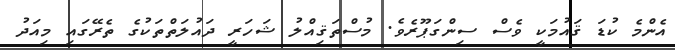
އެންމެ ކުޑަ ޤައުމަކީ ވެސް ސިންގަޕޫރެވެ. މުސްތަޤިއްލު ޝަހަރީ ދައުލަތްތަކުގެ ތެރޭގައި މިއަދު